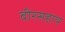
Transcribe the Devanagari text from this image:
वीरसहाय